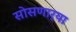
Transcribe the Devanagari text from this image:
सोसणार्‍या